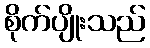
စိုက်ပျိုးသည်